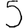
Digit: 5